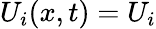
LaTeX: U_{i}(x,t)=U_{i}